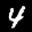
Label: 4